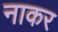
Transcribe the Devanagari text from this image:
नाकर